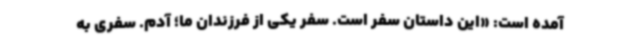
آمده است: «این داستان سفر است. سفر یکی از فرزندان ما؛ آدم. سفری به